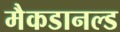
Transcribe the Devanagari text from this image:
मैकडानल्ड